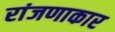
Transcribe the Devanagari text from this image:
रांजणाकार